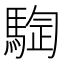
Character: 𱄣